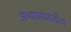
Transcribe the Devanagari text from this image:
अभ्यासासाठीच